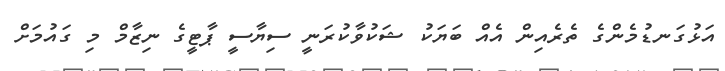
އަޅުގަނޑުމެންގެ ތެރެއިން އެއް ބަޔަކު ޝަކުވާކުރަނީ ސިޔާސީ ޕާޓީގެ ނިޒާމް މި ގައުމަށް